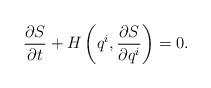
LaTeX: \begin{align*} \frac{\partial S}{\partial t}+H\left(q^i,\frac{\partial S}{\partial q^i}\right)=0.\end{align*}